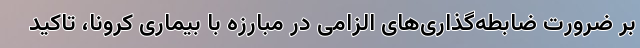
بر ضرورت ضابطه‌گذاری‌های الزامی در مبارزه با بیماری کرونا، تاکید